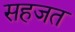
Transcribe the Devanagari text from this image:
सहजत